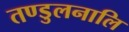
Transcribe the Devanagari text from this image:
तण्डुलनालि